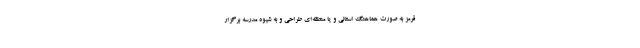
قرمز به صورت هماهنگ استانی و یا منطقه‌ای طراحی و به شیوه مدرسه برگزار